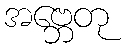
အဗ္ဘေတု